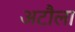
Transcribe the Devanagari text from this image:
अटौला